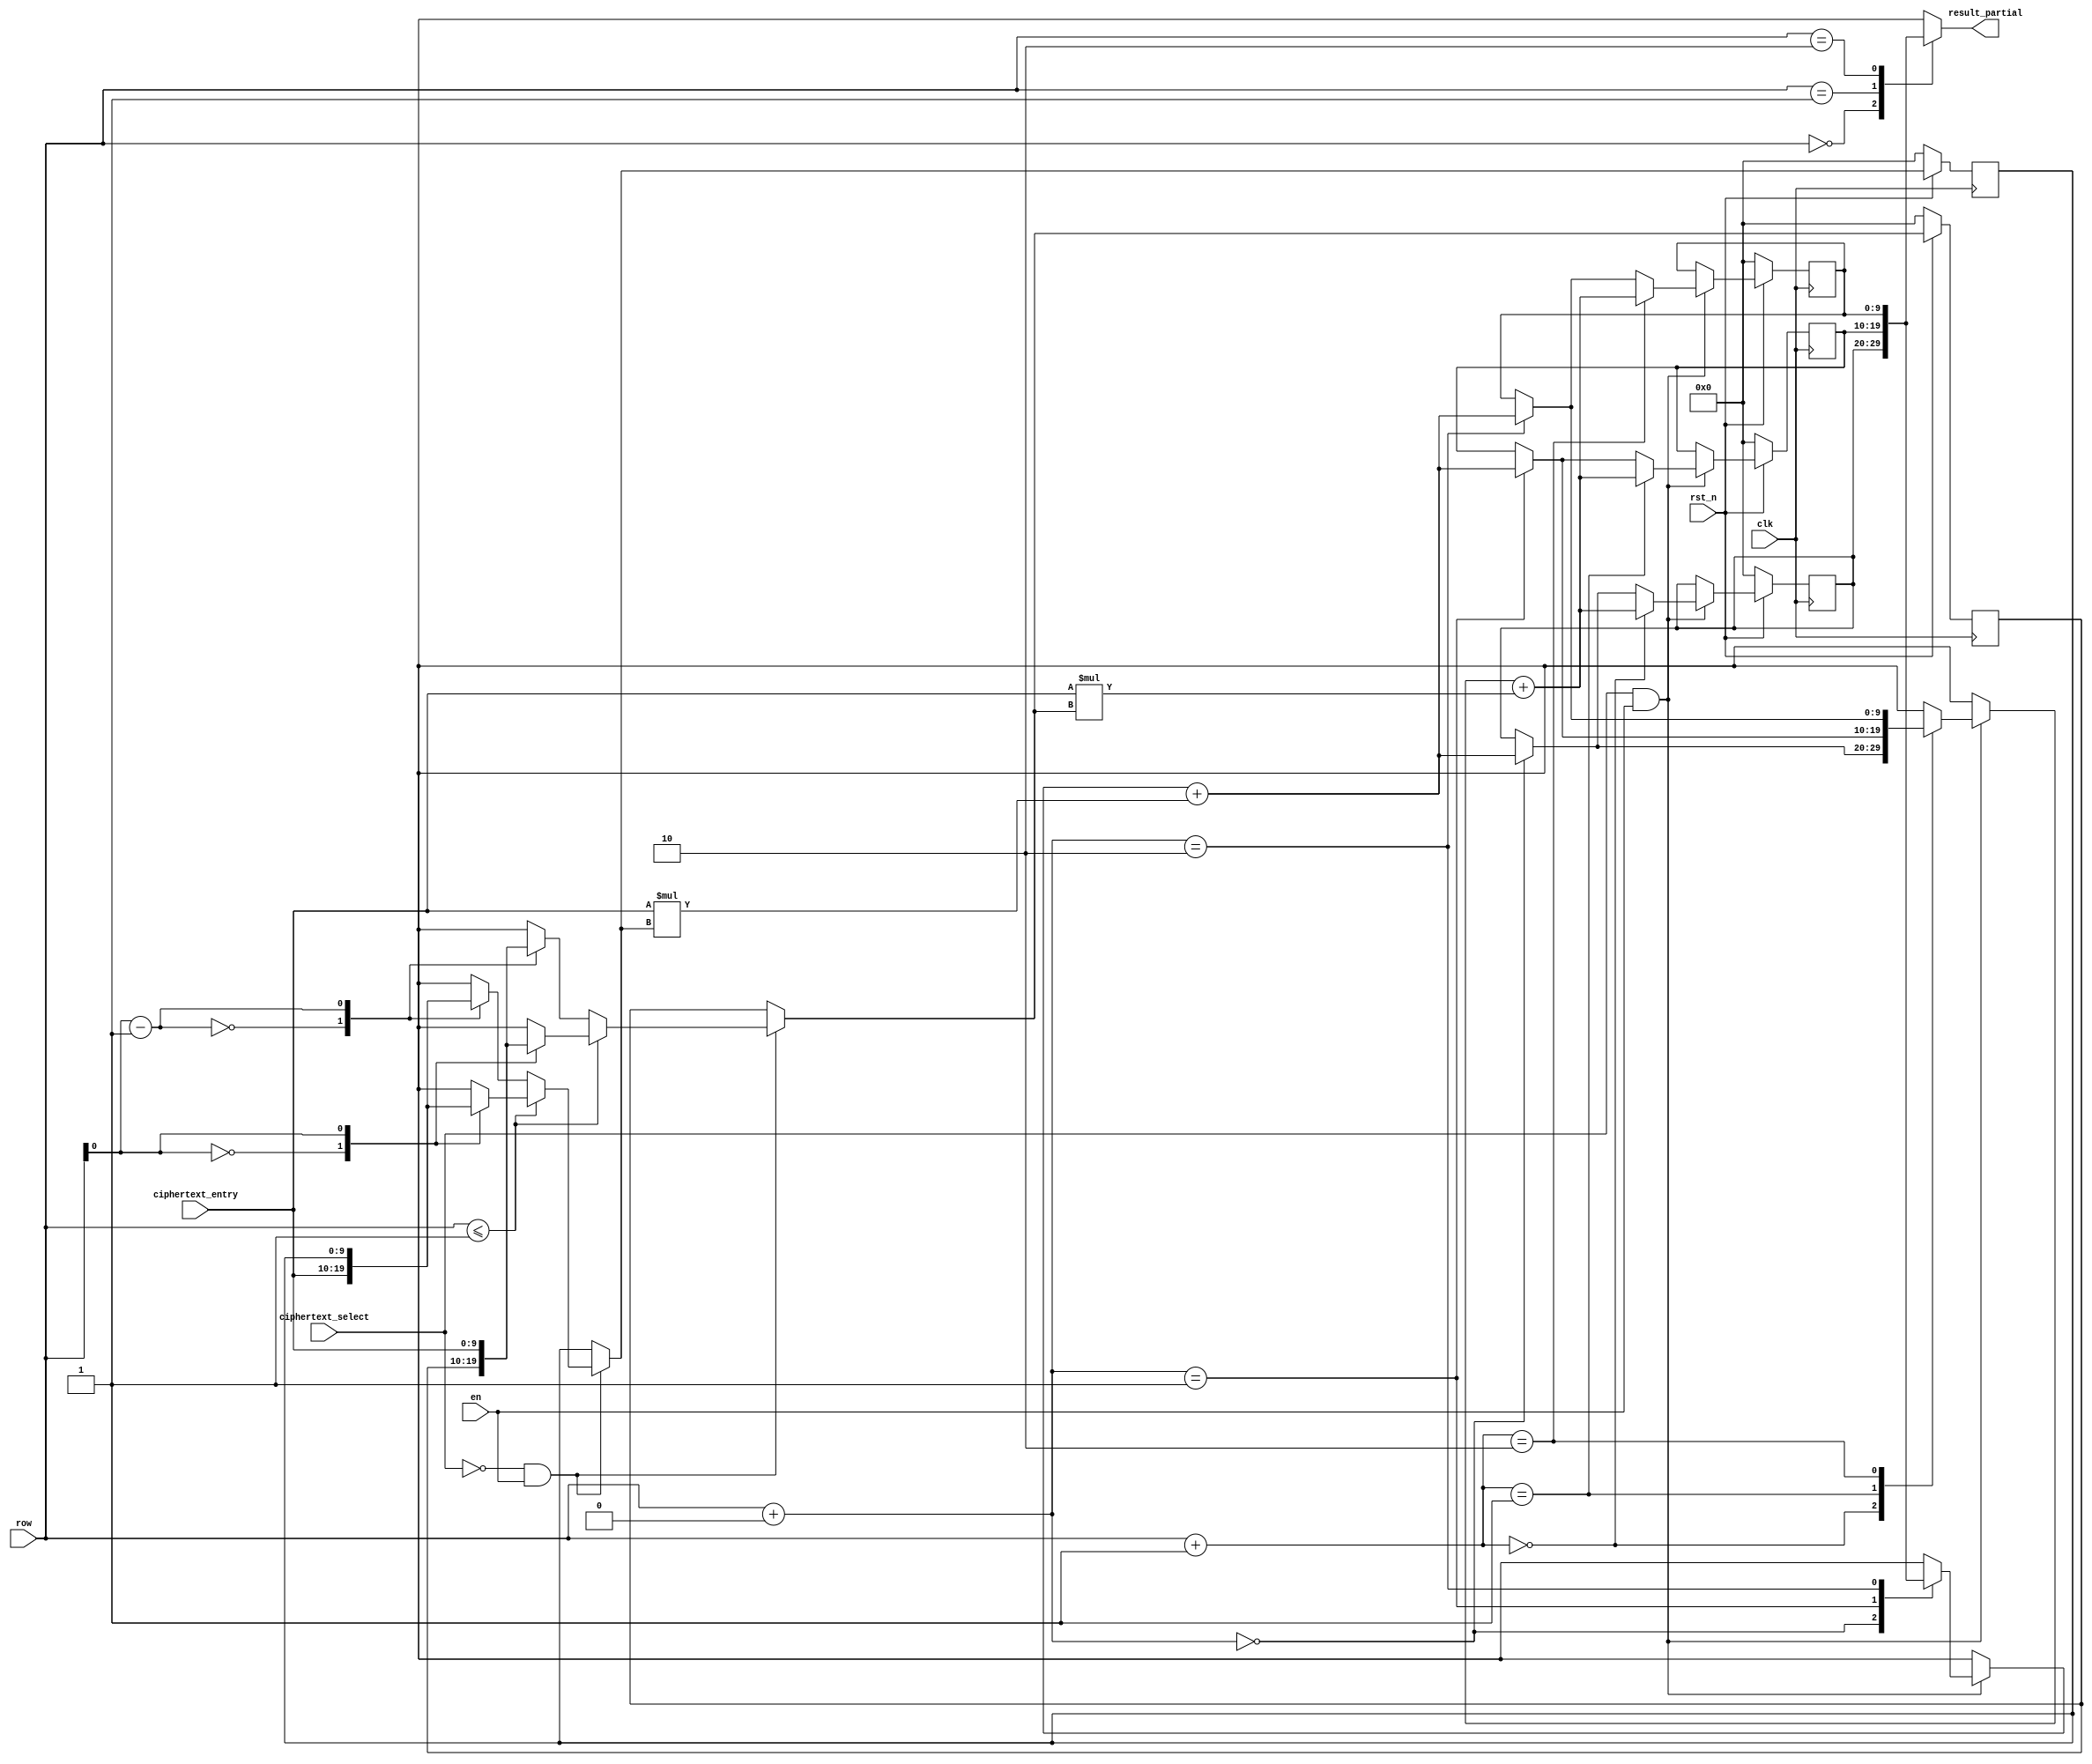
module homomorphic_multiply
#(
  parameter PLAINTEXT_MODULUS = 64,
  parameter PLAINTEXT_WIDTH = 6,
  parameter DIMENSION = 1,
  parameter CIPHERTEXT_MODULUS = 1024,
  parameter CIPHERTEXT_WIDTH = 10,
  parameter BIG_N = 30
)
(
    input clk,
    input rst_n,
    
    input signed [CIPHERTEXT_WIDTH-1:0] ciphertext_entry,
    input [DIMENSION:0] row,
    input ciphertext_select,
    input en,
    
    output wire [CIPHERTEXT_WIDTH-1:0] result_partial
);
  
    reg [CIPHERTEXT_WIDTH-1:0] ciphertext1 [DIMENSION:0];
    reg [CIPHERTEXT_WIDTH-1:0] interim_result [2*DIMENSION:0];

    integer i;
    always @(posedge clk) begin

        if (ciphertext_select == 0 && en) begin
            // filling first ciphertext
            if (row <= DIMENSION) begin
                ciphertext1[row] = ciphertext_entry;
            end else begin
                ciphertext1[row - DIMENSION] = ciphertext_entry;
            end
        end

        if (ciphertext_select == 1 && en) begin
            // second ciphertext
            for (i = 0; i <= DIMENSION; i=i+1) begin
                interim_result[row + i] = interim_result[row + i] + ciphertext_entry * ciphertext1[i];
            end
        end

        if (rst_n == 0) begin
            //ciphertext1 = '{default:(CIPHERTEXT_WIDTH-1)'b0};
            //interim_result = '{default:(CIPHERTEXT_WIDTH)'b0};
            for (i = 0; i <= DIMENSION; i=i+1) begin
                ciphertext1[i] = 0;
                interim_result[i] = 0;
                interim_result[i+DIMENSION] = 0;
            end
        end

    end

    assign result_partial = interim_result[row];

endmodule